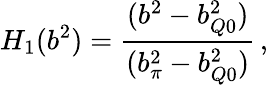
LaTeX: H_{1}(b^{2})=\frac{(b^{2}-b_{Q0}^{2})}{(b_{\pi}^{2}-b_{Q0}^{2})}\, ,